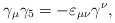
LaTeX: \begin{align*}\gamma_{\mu}\gamma_{5} = -\varepsilon_{\mu \nu} \gamma^{\nu},\end{align*}